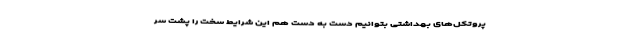
پروتکل‌های بهداشتی بتوانیم دست به دست هم این شرایط سخت را پشت سر